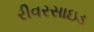
રીવરસાઇડ